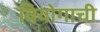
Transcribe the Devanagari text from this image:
वियोगाची